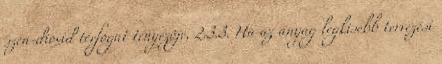
szén-dioxid térfogat tényezõje, 2.3.3. Ha az anyag legkisebb tervezési